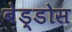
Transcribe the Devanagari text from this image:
बेड्डोस